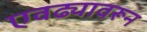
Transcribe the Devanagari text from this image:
एवढ्यावरून